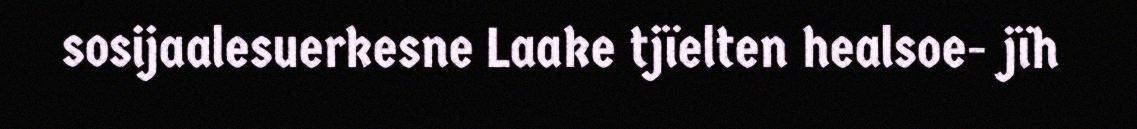
sosijaalesuerkesne Laake tjïelten healsoe- jïh